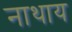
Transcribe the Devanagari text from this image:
नाथाय